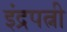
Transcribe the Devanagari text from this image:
इंद्रपत्नी